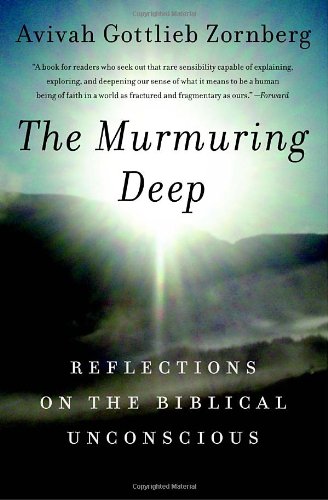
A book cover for The Murmuring Deep: Reflections on the Biblical Unconscious; Avivah Gottlieb Zornberg; Religion & Spirituality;